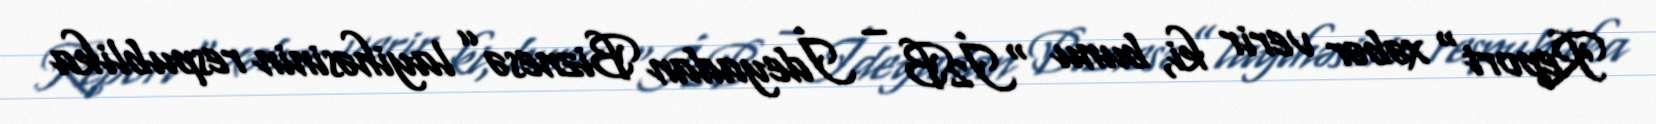
Report" xəbər verir ki, bunu “İ2B – İdeyadan Biznesə” layihəsinin respublika